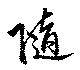
随